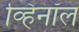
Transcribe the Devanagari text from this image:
व्हिनॉल